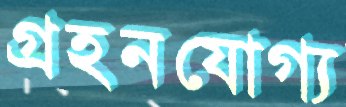
গ্রহনযোগ্য